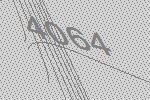
4064